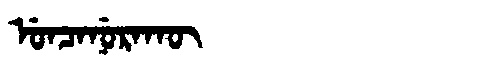
Manchu: ᡠᠨᠴᠠᠨᡠᡵᠠᡴᡡ
Romanization: UNCANURAKŪ